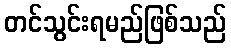
တင်သွင်းရမည်ဖြစ်သည်